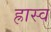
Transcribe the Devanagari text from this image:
ह्रास्व